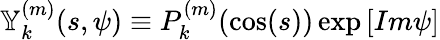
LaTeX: \mathbb{Y}_{k}^{(m)}(s,\psi)\equiv P_{k}^{(m)}(\cos(s))\exp\left[Im\psi\right]